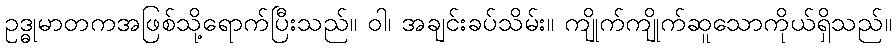
ဥဒ္ဓုမာတကအဖြစ်သို့ရောက်ပြီးသည်။ ဝါ၊ အချင်းခပ်သိမ်း။ ကျိုက်ကျိုက်ဆူသောကိုယ်ရှိသည်။